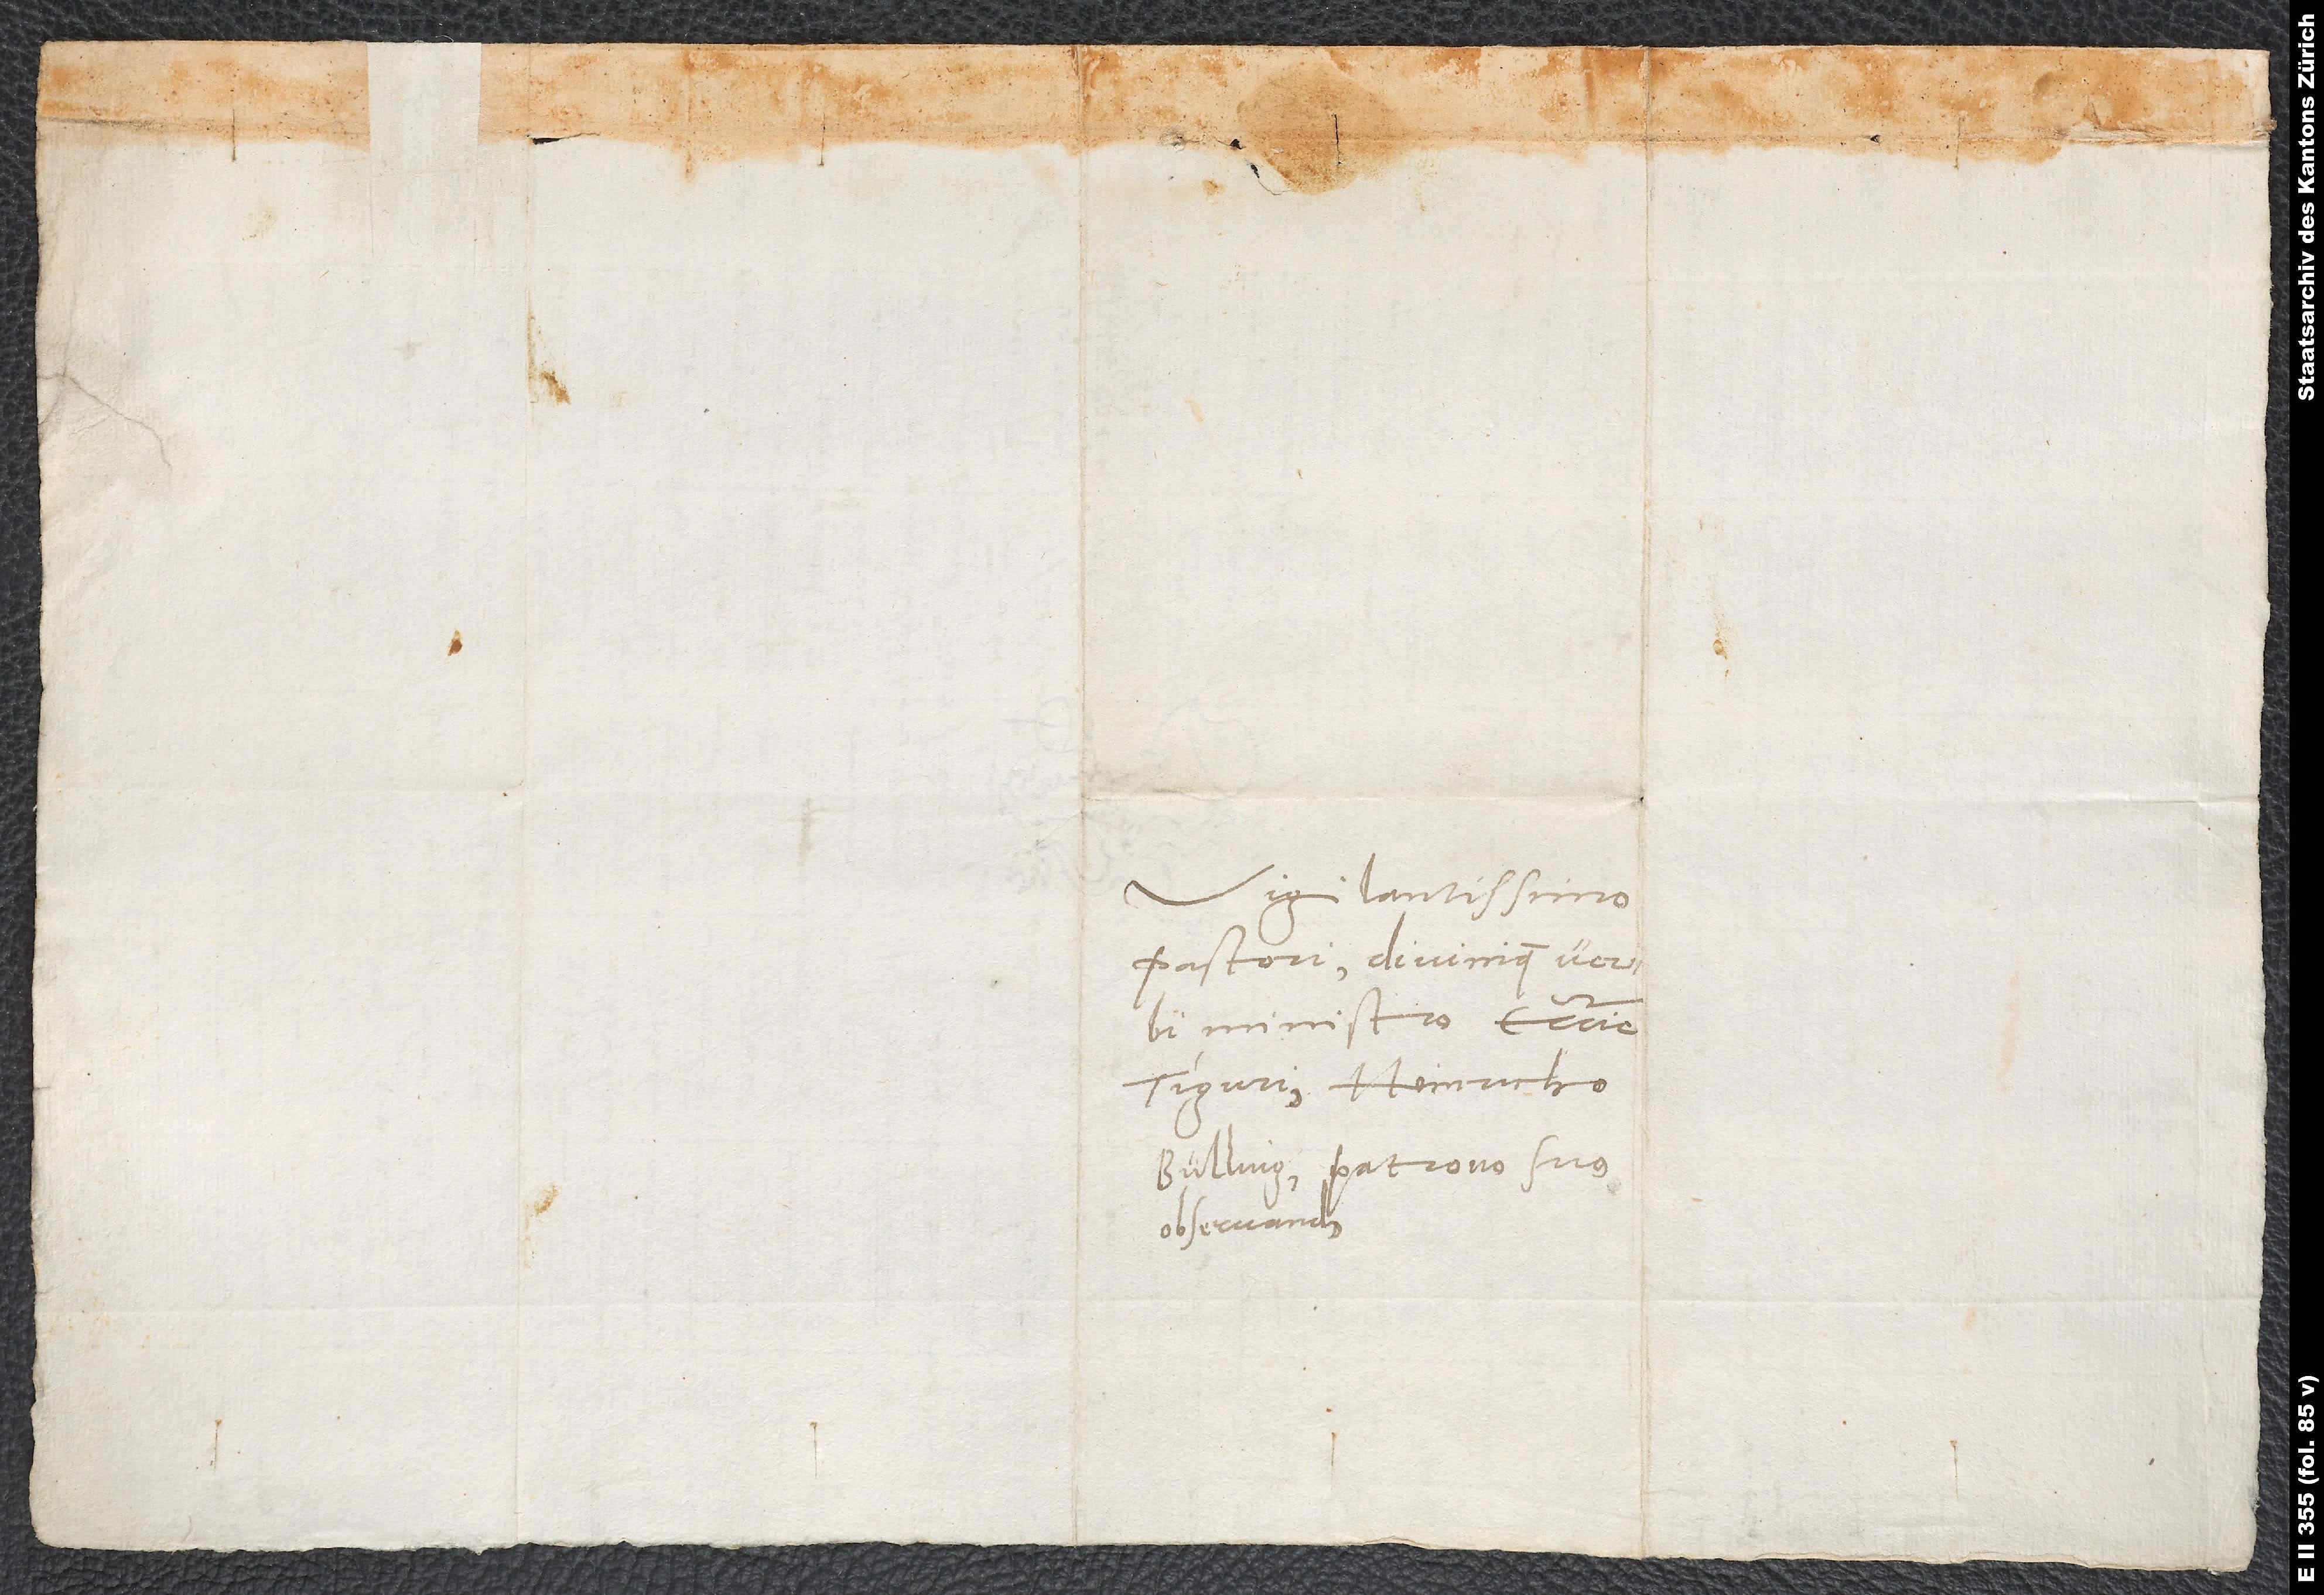
Vigilantissimo
pastori divinique verbi
ministro ecclesie
Tigurine Heinricho
Bullingero, patrono suo